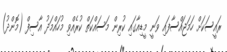
ރައީސަކަަށް ހަމަޖައްސާފައި ވަނީ މީޑިއާގައި ކުރިން މަސައްކަތް ކުރެއްވި މުހައްމަދު އާސިފް (މޮންދު)